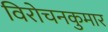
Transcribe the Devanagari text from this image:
विरोचनकुमार